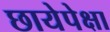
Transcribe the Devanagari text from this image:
छायेपेक्षा